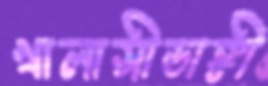
খালাসীডাঙ্গী